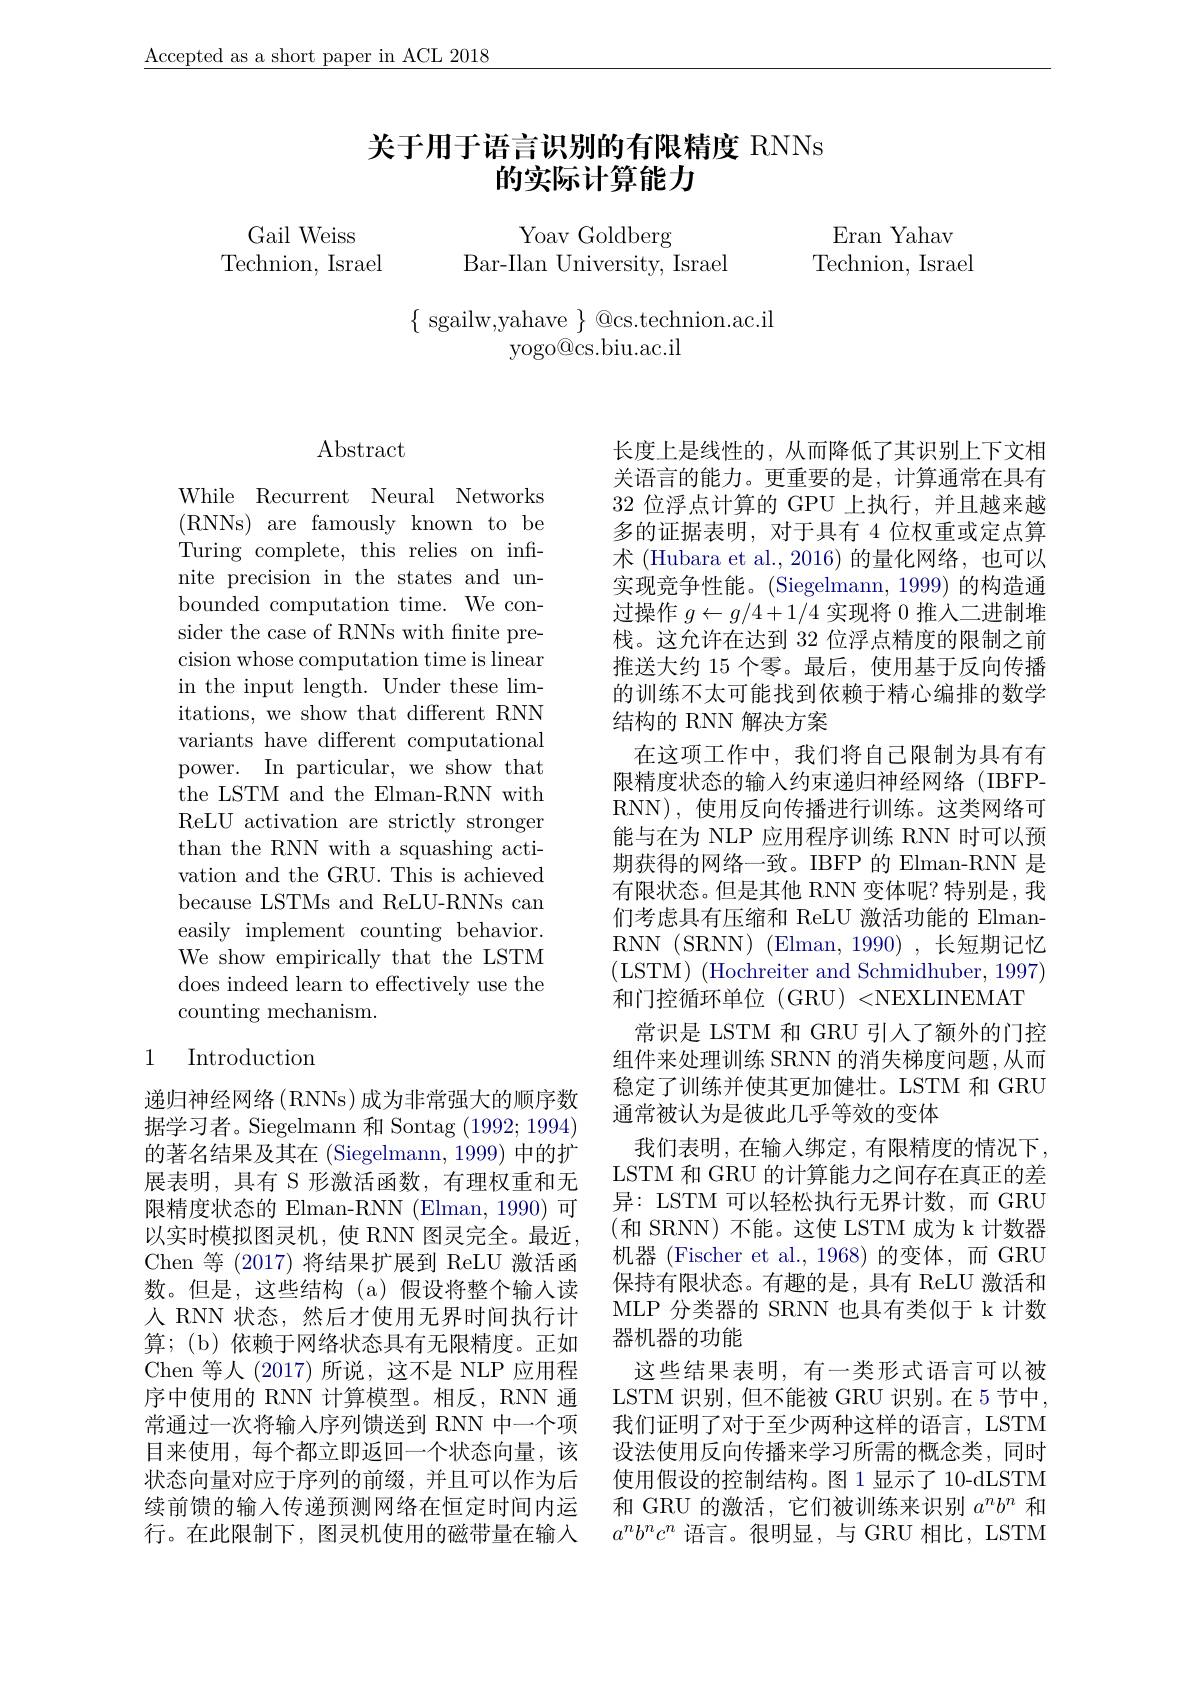
$\underline{\text{Accepted as a short paper in ACL 2018}}$

# 关于用于语言识别的有限精度 RNNs 的实际计算能力

Gail Weiss
Technion, Israel

Yoav Goldberg
Bar-Ilan University, Israel

Eran Yahav
Technion, Israel

$\{$ sgailw,yahave $\}$ @cs.technion.ac.il
yogo@cs.biu.ac.il

## $\operatorname{Abstract}$

While Recurrent Neural Networks ( RNNs) ${\mathrm{are}}{\mathrm{famously}}{\mathrm{known}}{\mathrm{to}}{\mathrm{be}}$ Turing complete, this relies on infinite precision in the states and unbounded computation time. We consider the case of RNNs with fnite precision whose computation time is linear in the input length. Under these limitations, we show that different RNN variants have different computational power. In particular, we show that the LSTM and the Elman-RNN with ReLU activation are strictly stronger than the RNN with a squashing activation and the GRU. This is achieved because LSTMs and ReLU-RNNs can easily implement counting behavior. We show empirically that the LSTM does indeed learn to effectively use the counting mechanism.

### 1 Introduction

递归神经网络(RNNs)成为非常强大的顺序数据学习者。Siegelmann 和 Sontag (1992; 1994) 的著名结果及其在 (Siegelmann, 1999) 中的扩展表明，具有 S 形激活函数，有理权重和无限精度状态的 Elman-RNN (Elman, 1990) 可以实时模拟图灵机，使 RNN 图灵完全。最近， Chen 等 (2017) 将结果扩展到 ReLU 激活函数。但是，这些结构(a)假设将整个输入读人 RNN 状态，然后才使用无界时间执行计算；(b)依赖于网络状态具有无限精度。正如Chen 等人(2017)所说，这不是 NLP 应用程序中使用的 RNN 计算模型。相反，RNN 通常通过一次将输入序列馈送到 RNN 中一个项目来使用，每个都立即返回一个状态向量，该状态向量对应于序列的前缀，并且可以作为后续前馈的输入传递预测网络在恒定时间内运行。在此限制下，图灵机使用的磁带量在输入

长度上是线性的，从而降低了其识别上下文相关语言的能力。更重要的是，计算通常在具有32位浮点计算的 GPU 上执行，并且越来越多的证据表明，对于具有 4 位权重或定点算术 (Hubara et al., 2016) 的量化网络，也可以实现竞争性能。(Siegelmann, 1999) 的构造通过操作$g\leftarrow g/4+1/4$实现将 0 推入二进制堆栈。这允许在达到 32 位浮点精度的限制之前推送大约 15 个零。最后，使用基于反向传播的训练不太可能找到依赖于精心编排的数学结构的 RNN 解决方案
在这项工作中，我们将自己限制为具有有限精度状态的输入约束递归神经网络(IBFPRNN),使用反向传播进行训练。这类网络可能与在为 NLP 应用程序训练 RNN 时可以预期获得的网络一致。IBFP 的 Elman-RNN 是有限状态。但是其他 RNN 变体呢？特别是，我们考虑具有压缩和 ReLU 激活功能的 ElmanRNN (SRNN) (Elman,1990) ,长短期记忆(LSTM)$\allowbreak ( {\mathrm{mod}} $Hochreiter and Schmidhuber, 1997)) 和门控循环单位 (GRU) <NEXLINEMAT
常识是 LSTM 和 GRU 引人了额外的门控组件来处理训练 SRNN 的消失梯度问题，从而稳定了训练并使其更加健壮。LSTM 和 GRU 通常被认为是彼此几乎等效的变体
我们表明，在输入绑定，有限精度的情况下， LSTM 和 GRU 的计算能力之间存在真正的差异：LSTM 可以轻松执行无界计数，而 GRU (和 SRNN) 不能。这使 LSTM 成为 k 计数器机器 (Fischer et al.,1968)的变体，而 GRU 保持有限状态。有趣的是，具有 ReLU 激活和MLP 分类器的 SRNN 也具有类似于 k 计数器机器的功能
这些结果表明，有一类形式语言可以被LSTM 识别，但不能被 GRU 识别。在 5 节中， 我们证明了对于至少两种这样的语言，LSTM 设法使用反向传播来学习所需的概念类，同时使用假设的控制结构。图 1 显示了 10-dLSTM 和 GRU 的激活，它们被训练来识别$a^nb^n$和$a^nb^nc^n$语言。很明显，与 GRU 相比，LSTM